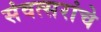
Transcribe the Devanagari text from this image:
संवत्सरांचे